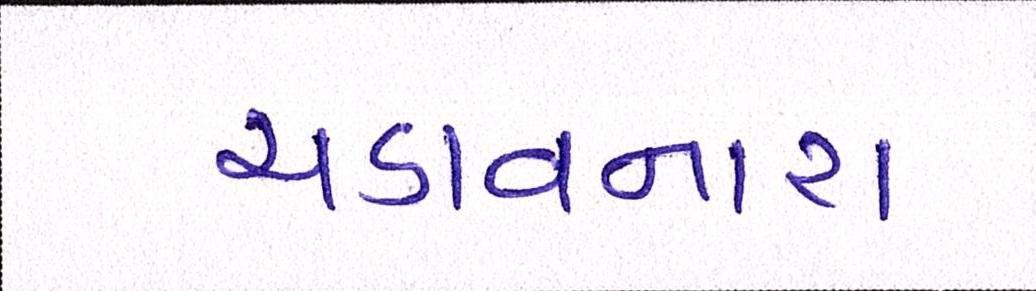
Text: ચડાવનારા